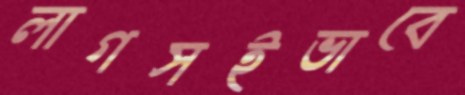
লাগসইভাবে